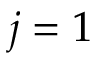
j = 1